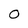
Character: 0